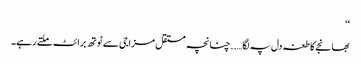
‘‘
بھانجے کا طعنہ دل پہ لگا….. چنانچہ مستقل مزاجی سے ٹوتھ برائٹ ملتے رہے۔